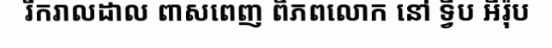
រីករាលដាល ពាសពេញ ពិភពលោក នៅ ទ្វីប អឺរ៉ុប